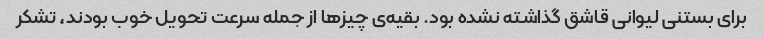
برای بستنی لیوانی قاشق گذاشته نشده بود. بقیه‌ی چیزها از جمله سرعت تحویل خوب بودند، تشکر